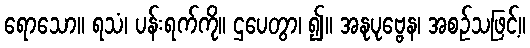
ရောသော။ ရသံ၊ ပန်းရက်ကို။ ဌပေတွာ၊ ၍။ အနုပုဗ္ဗေန၊ အစဉ်သဖြင့်။